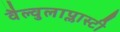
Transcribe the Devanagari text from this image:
वैल्वुलाप्लास्टी